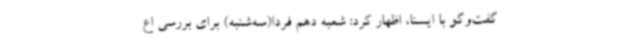
گفت‌وگو با ایسنا، اظهار کرد: شعبه دهم فردا(سه‌شنبه) برای بررسی اع